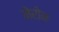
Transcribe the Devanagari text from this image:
मेरोन